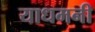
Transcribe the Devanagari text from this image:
याधमनी